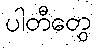
ပါတီတွေ